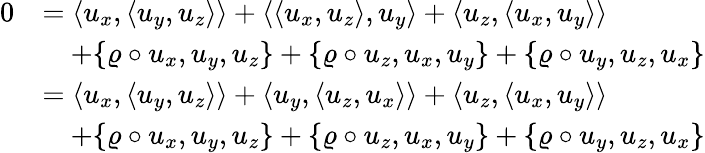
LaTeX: \begin{array}{rl}{0}&{=\langle u_{x},\langle u_{y},u_{z}\rangle\rangle+\langle\langle u_{x},u_{z}\rangle,u_{y}\rangle+\langle u_{z},\langle u_{x},u_{y}\rangle\rangle}\\ &{\quad+\{ \varrho\circ u_{x},u_{y},u_{z}\} +\{ \varrho\circ u_{z},u_{x},u_{y}\} +\{ \varrho\circ u_{y},u_{z},u_{x}\} }\\ &{=\langle u_{x},\langle u_{y},u_{z}\rangle\rangle+\langle u_{y},\langle u_{z},u_{x}\rangle\rangle+\langle u_{z},\langle u_{x},u_{y}\rangle\rangle}\\ &{\quad+\{ \varrho\circ u_{x},u_{y},u_{z}\} +\{ \varrho\circ u_{z},u_{x},u_{y}\} +\{ \varrho\circ u_{y},u_{z},u_{x}\} }\end{array}